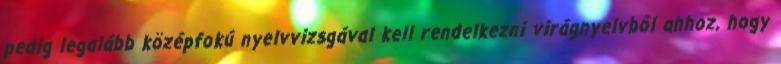
pedig legalább középfokú nyelvvizsgával kell rendelkezni virágnyelvből ahhoz, hogy